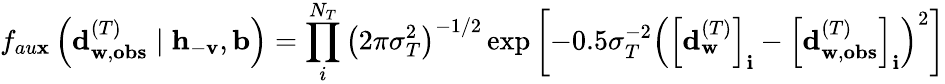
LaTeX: f_{au\mathbf{x}}\left(\mathbf{{d}}_{\mathbf{{w}},\mathbf{{obs}}}^{(T)}\mid\mathbf{{h}}_{-\mathbf{{v}}},\mathbf{{b}}\right)=\prod_{i}^{N_{T}}{\left(2\pi\sigma_{T}^{2}\right)^{-1/2}\exp{\left[-0.5\sigma_{T}^{-2}\left(\left[\mathbf{{d}}_{\mathbf{{w}}}^{(T)}\right]_{\mathbf{{i}}}-\left[\mathbf{{d}}_{\mathbf{{w}},\mathbf{{obs}}}^{(T)}\right]_{\mathbf{{i}}}\right)^{2}\right]}}